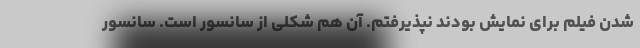
شدن فیلم برای نمایش بودند نپذیرفتم. آن هم شکلی از سانسور است. سانسور